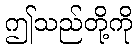
ဤသည်တို့ကို